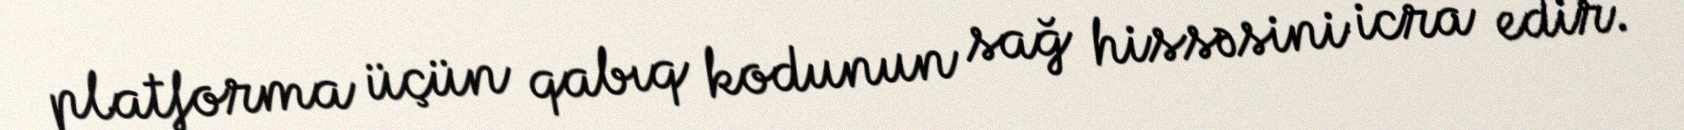
platforma üçün qabıq kodunun sağ hissəsini icra edir.